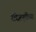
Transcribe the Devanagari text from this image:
उद्दिष्टपूर्तीच्या